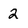
Character: 2